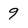
Character: 9